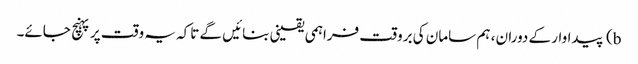
b) پیداوار کے دوران ، ہم سامان کی بروقت فراہمی یقینی بنائیں گے تاکہ یہ وقت پر پہنچ جائے۔